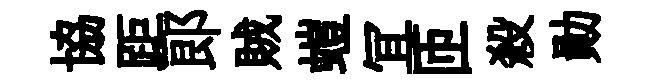
協距郎賊螘冝匝殺勛